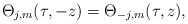
\begin{align*} \Theta_{j, m} (\tau, -z)= \Theta_{-j, m} (\tau, z), \end{align*}